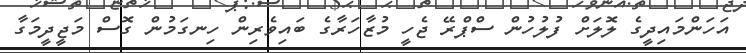
އަހަންމައިދީގެ ލޮލަށް ފުލުހުން ސްޕްރޭ ޖެހީ މުޒާހަރާގެ ބައިވެރިން ހިނގަމުން ގޮސް މަޖީދީމަގާ